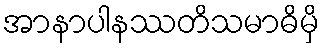
အာနာပါနဿတိသမာဓိမှိ